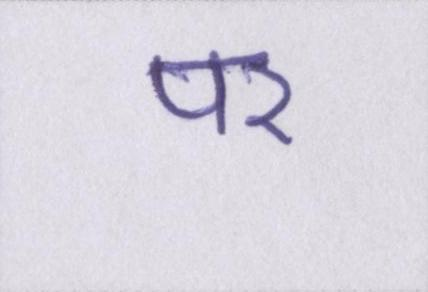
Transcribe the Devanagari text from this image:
पर